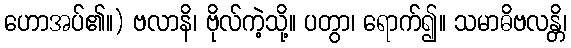
ဟောအပ်၏။) ဗလာနိ၊ ဗိုလ်ကဲ့သို့။ ပတွာ၊ ရောက်၍။ သမာဓိဗလန္တိ၊